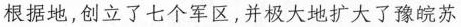
根据地，创立了七个军区，并极大地扩大了豫皖苏